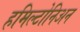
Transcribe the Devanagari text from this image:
हमिल्टोनिअन